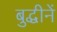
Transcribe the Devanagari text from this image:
बुद्धीनें